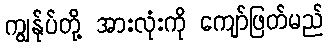
ကျွန်ုပ်တို့ အားလုံးကို ကျော်ဖြတ်မည်